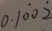
0 . 1 \dot { 0 } 0 \dot { 2 }